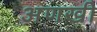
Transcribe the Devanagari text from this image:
अणखी